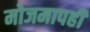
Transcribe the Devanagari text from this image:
मोजमापही